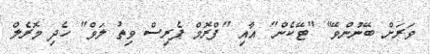
ވަރަށް ބޭނުންވޭ" "ޓޭކެން" އާއި "ފްރޮމް ޕެރިސް ވިތު ލަވް" ހެދި މޮރެލް